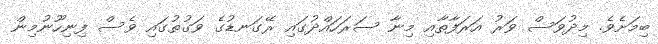
ބިމަށެވެ. މިދުވަސް ވަރު އަރަފާތާއި މިނާ ސަރަހައްދުގައި ރޭގަނޑުގެ ވަގުތުގައި ވެސް ފިނިހޫނުމިން